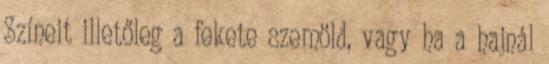
Színeit illetőleg a fekete szemöld, vagy ha a hajnál